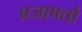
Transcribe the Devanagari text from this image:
प्रजापतों